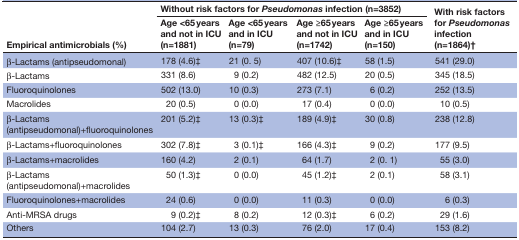
<table><thead><tr><td rowspan="2"><b>Empirical antimicrobials (%)</b></td><td colspan="4"><b>Without risk factors for <i>Pseudomonas</i> infection (n=3852)</b></td><td rowspan="2"><b>With risk factors for <i>Pseudomonas</i> infection (n=1864)†</b></td></tr><tr><td><b>Age &lt;65 years and not in ICU (n=1881)</b></td><td><b>Age &lt;65 years and in ICU (n=79)</b></td><td><b>Age ≥65 years and not in ICU (n=1742)</b></td><td><b>Age ≥65 years and in ICU (n=150)</b></td></tr></thead><tbody><tr><td>β-Lactams (antipseudomonal)</td><td>178 (4.6)‡</td><td>21 (0. 5)</td><td>407 (10.6)‡</td><td>58 (1.5)</td><td>541 (29.0)</td></tr><tr><td>β-Lactams</td><td>331 (8.6)</td><td>9 (0.2)</td><td>482 (12.5)</td><td>20 (0.5)</td><td>345 (18.5)</td></tr><tr><td>Fluoroquinolones</td><td>502 (13.0)</td><td>10 (0.3)</td><td>273 (7.1)</td><td>6 (0.2)</td><td>252 (13.5)</td></tr><tr><td>Macrolides</td><td>20 (0.5)</td><td>0 (0.0)</td><td>17 (0.4)</td><td>0 (0.0)</td><td>10 (0.5)</td></tr><tr><td>β-Lactams (antipseudomonal)+fluoroquinolones</td><td>201 (5.2)‡</td><td>13 (0.3)‡</td><td>189 (4.9)‡</td><td>30 (0.8)</td><td>238 (12.8)</td></tr><tr><td>β-Lactams+fluoroquinolones</td><td>302 (7.8)‡</td><td>3 (0.1)‡</td><td>166 (4.3)‡</td><td>9 (0.2)</td><td>177 (9.5)</td></tr><tr><td>β-Lactams+macrolides</td><td>160 (4.2)</td><td>2 (0.1)</td><td>64 (1.7)</td><td>2 (0. 1)</td><td>55 (3.0)</td></tr><tr><td>β-Lactams (antipseudomonal)+macrolides</td><td>50 (1.3)‡</td><td>0 (0.0)</td><td>45 (1.2)‡</td><td>2 (0.1)</td><td>58 (3.1)</td></tr><tr><td>Fluoroquinolones+macrolides</td><td>24 (0.6)</td><td>0 (0.0)</td><td>11 (0.3)</td><td>0 (0.0)</td><td>6 (0.3)</td></tr><tr><td>Anti-MRSA drugs</td><td>9 (0.2)‡</td><td>8 (0.2)</td><td>12 (0.3)‡</td><td>6 (0.2)</td><td>29 (1.6)</td></tr><tr><td>Others</td><td>104 (2.7)</td><td>13 (0.3)</td><td>76 (2.0)</td><td>17 (0.4)</td><td>153 (8.2)</td></tr></tbody></table>